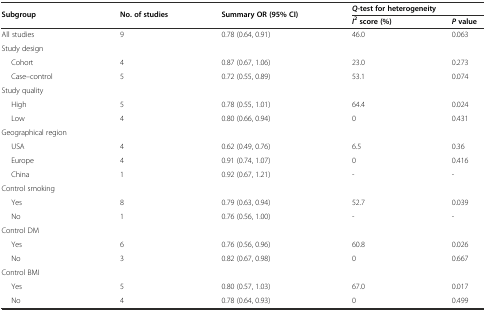
| <ROWSPAN=2> Subgroup | <ROWSPAN=2> No. of studies | <ROWSPAN=2> Summary OR (95% CI) | <COLSPAN=2> Q-test for heterogeneity |
 | I2score (%) | Pvalue |
 | --- | --- | --- | --- | --- |
 | All studies | 9 | 0.78 (0.64, 0.91) | 46.0 | 0.063 |
 | Study design |  |  |  |  |
 | Cohort | 4 | 0.87 (0.67, 1.06) | 23.0 | 0.273 |
 | Case–control | 5 | 0.72 (0.55, 0.89) | 53.1 | 0.074 |
 | Study quality |  |  |  |  |
 | High | 5 | 0.78 (0.55, 1.01) | 64.4 | 0.024 |
 | Low | 4 | 0.80 (0.66, 0.94) | 0 | 0.431 |
 | Geographical region |  |  |  |  |
 | USA | 4 | 0.62 (0.49, 0.76) | 6.5 | 0.36 |
 | Europe | 4 | 0.91 (0.74, 1.07) | 0 | 0.416 |
 | China | 1 | 0.92 (0.67, 1.21) | - | - |
 | Control smoking |  |  |  |  |
 | Yes | 8 | 0.79 (0.63, 0.94) | 52.7 | 0.039 |
 | No | 1 | 0.76 (0.56, 1.00) | - | - |
 | Control DM |  |  |  |  |
 | Yes | 6 | 0.76 (0.56, 0.96) | 60.8 | 0.026 |
 | No | 3 | 0.82 (0.67, 0.98) | 0 | 0.667 |
 | Control BMI |  |  |  |  |
 | Yes | 5 | 0.80 (0.57, 1.03) | 67.0 | 0.017 |
 | No | 4 | 0.78 (0.64, 0.93) | 0 | 0.499 |